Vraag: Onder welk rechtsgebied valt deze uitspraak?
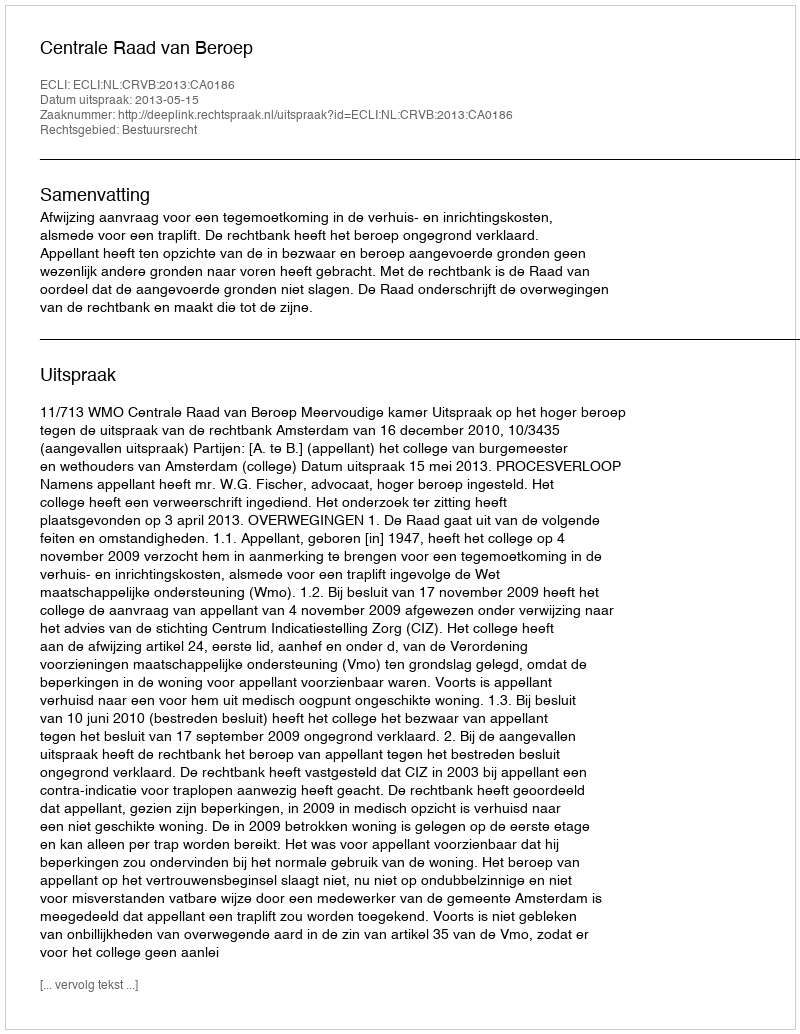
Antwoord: Bestuursrecht